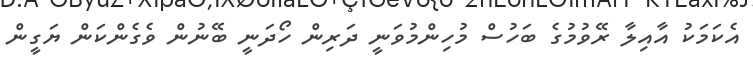
އެކަމަކު އާއިލާ ރޭވުމުގެ ބަހުސް މުހިންމުވަނީ ދަރިން ހޯދަނީ ބޭނުން ވެގެންކަން ޔަގީން